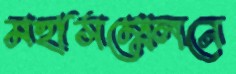
মহাসম্মেলনে